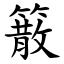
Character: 䉈